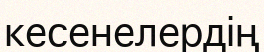
кесенелердің